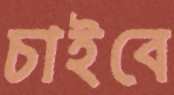
চাইবে